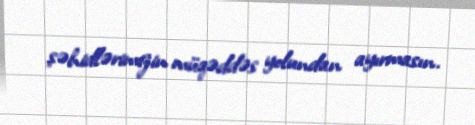
şəhidlərimizin müqəddəs yolundan ayırmasın.